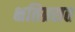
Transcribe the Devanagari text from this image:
क्षतिग्रसत